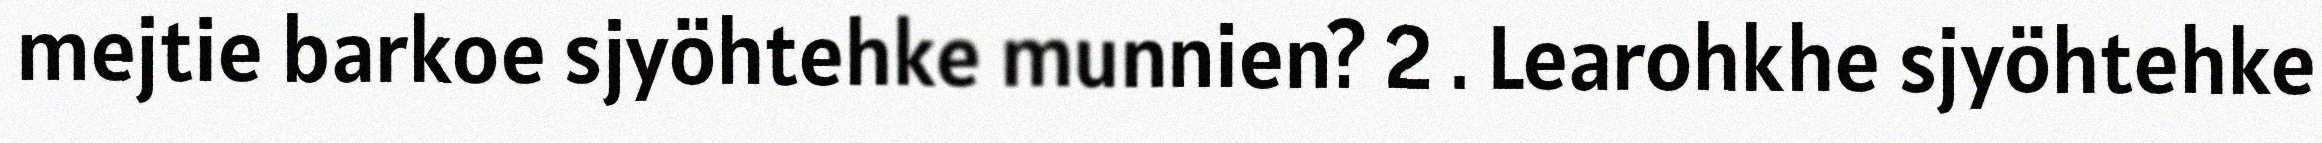
mejtie barkoe sjyöhtehke munnien? 2 . Learohkhe sjyöhtehke